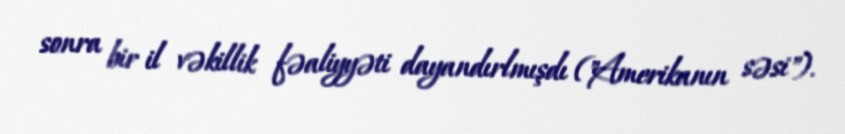
sonra bir il vəkillik fəaliyyəti dayandırlmışdı ("Amerikanın səsi").